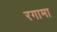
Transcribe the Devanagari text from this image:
रगामा